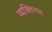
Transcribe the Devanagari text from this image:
व्यक्‍तिगत